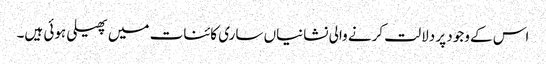
اس کے وجود پر دلالت کرنے والی نشانیاں ساری کائنات میں پھیلی ہوئی ہیں۔